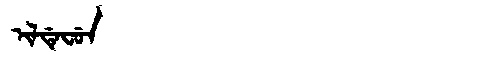
Manchu: ᡳᠯᡩᡝᠸᡠᠨ
Romanization: ILDEFUN